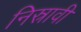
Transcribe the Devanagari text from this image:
निस्रावी